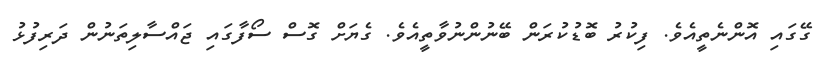
ގޭގައި އޮންނެތީއެވެ. ފިކުރު ބޮޑުކުރަން ބޭނުންނުވާތީއެވެ. ގެޔަށް ގޮސް ސޯފާގައި ޖައްސާލިތަނުން ދަރިފުޅު